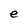
Character: e